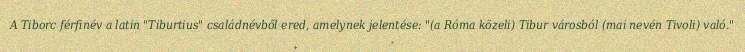
A Tiborc férfinév a latin "Tiburtius" családnévből ered, amelynek jelentése: "(a Róma közeli) Tibur városból (mai nevén Tivoli) való."